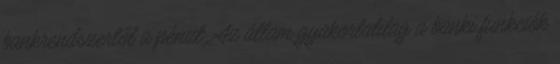
bankrendszertől a pénzt. Az állam gyakorlatilag a banki funkciók